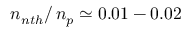
n _ { n t h } / \, n _ { p } \simeq 0 . 0 1 - 0 . 0 2